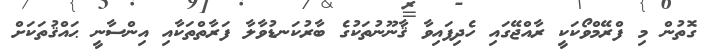
ގޮތުން މި ފްރޭމްވޯކަކީ ރާއްޖޭގައި ހެދިފައިވާ ޤާނޫނުތަކުގެ ބާރުކަނޑުވާލާ ފަރާތްތަކާއި އިންސާނީ ޙައްޤުތަކަށް